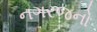
નગરજનો